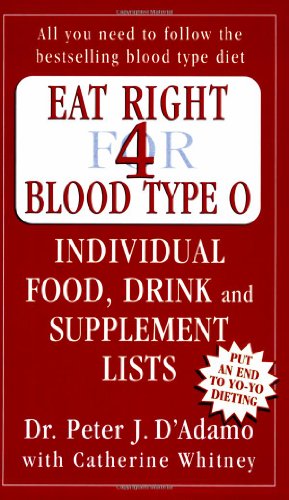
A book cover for Eat Right for Blood Type O; Peter J. D'Adamo; Health, Fitness & Dieting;